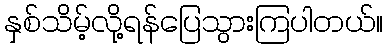
နှစ်သိမ့်လို့ရန်ပြေသွားကြပါတယ်။